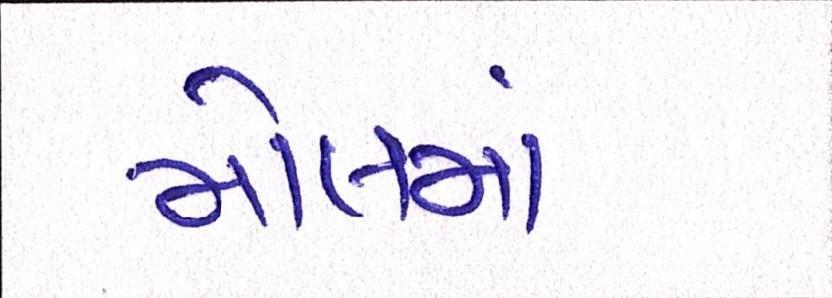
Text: મોલમાં